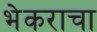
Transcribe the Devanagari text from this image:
भेकराचा